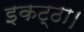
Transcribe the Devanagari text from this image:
इकट्ठा।